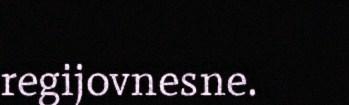
regijovnesne.